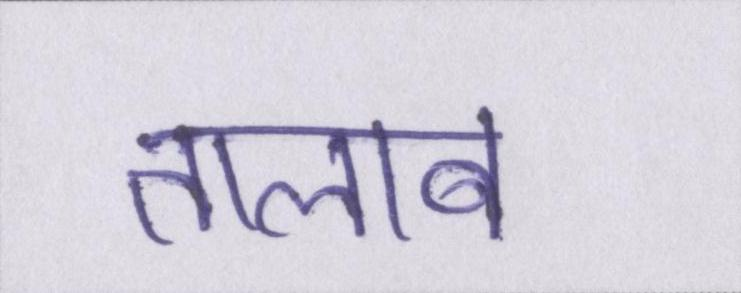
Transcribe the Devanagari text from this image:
तालाब